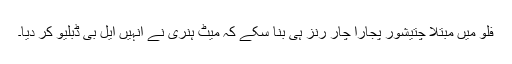
فلو میں مبتلا چتیشور پجارا چار رنز ہی بنا سکے کہ میٹ ہنری نے انہیں ایل بی ڈبلیو کر دیا۔